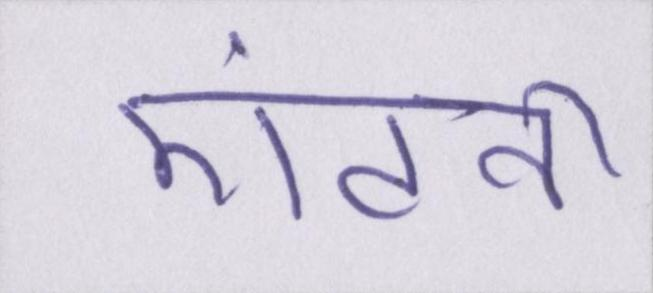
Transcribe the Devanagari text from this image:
एंटनी